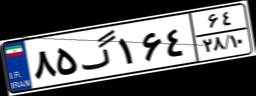
۸۵گ۱۶۴۶۴